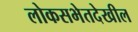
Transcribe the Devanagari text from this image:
लोकसभेतदेखील